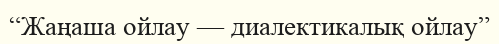
“Жаңаша ойлау — диалектикалық ойлау”